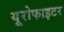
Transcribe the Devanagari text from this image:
यूरोफाइटर